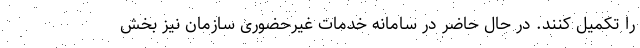
را تکمیل کنند. در حال حاضر در سامانه خدمات غیرحضوری سازمان نیز بخش